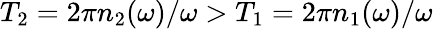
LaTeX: T_{2}=2\pi n_{2}(\omega)/\omega>T_{1}=2\pi n_{1}(\omega)/\omega